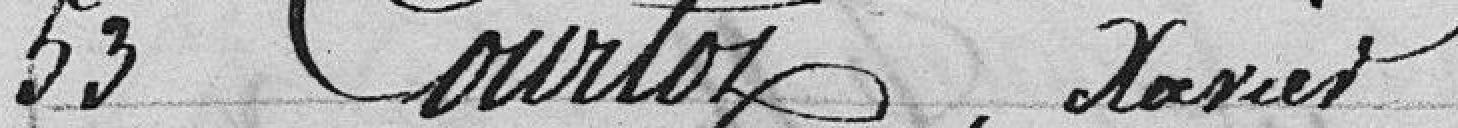
53 Courtoz, Xavier